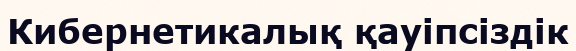
Кибернетикалық қауіпсіздік